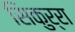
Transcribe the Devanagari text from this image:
सिकुर्रा